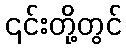
၎င်းတို့တွင်